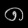
Digit: ၈